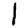
Digit: 1